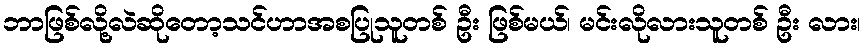
ဘာဖြစ်လို့လဲဆိုတော့သင်ဟာအစပြုသူတစ် ဦး ဖြစ်မယ်၊ မင်းလိုလားသူတစ် ဦး လား၊